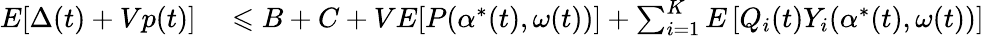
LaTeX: \begin{array}{rlrl}{E[\Delta(t)+Vp(t)]}&{{}\leqslant B+C+VE[P(\alpha^{*}(t),\omega(t))]+\sum_{i=1}^{K}E\left[Q_{i}(t)Y_{i}(\alpha^{*}(t),\omega(t))\right]}\end{array}